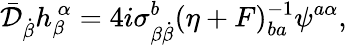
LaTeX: \bar{\cal D}_{\dot{\beta}}h_{\beta}^{~\alpha}=4i\sigma_{\beta{\dot{\beta}}}^{b}(\eta+F)_{ba}^{-1}\psi^{a\alpha},